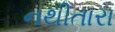
નથીતારા